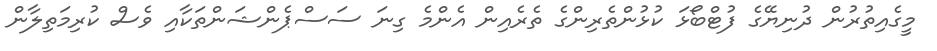
މީގެއިތުރުން ދުނިޔޭގެ ފުޓްބޯޅަ ކުޅުންތެރިންގެ ތެރެއިން އެންމެ ގިނަ ސަސްޕެންޝަންތަކާއި ވެސް ކުރިމަތިލާން